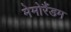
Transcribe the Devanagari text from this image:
मेमोरैंडम